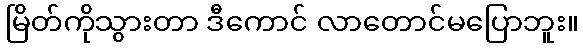
မြိတ်ကိုသွားတာ ဒီကောင် လာတောင်မပြောဘူး။